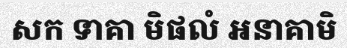
សក ទាគា មិផលំ អនាគាមិ